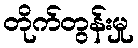
တိုက်တွန်းမှု